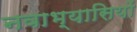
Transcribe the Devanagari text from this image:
नवाभ्यासियों